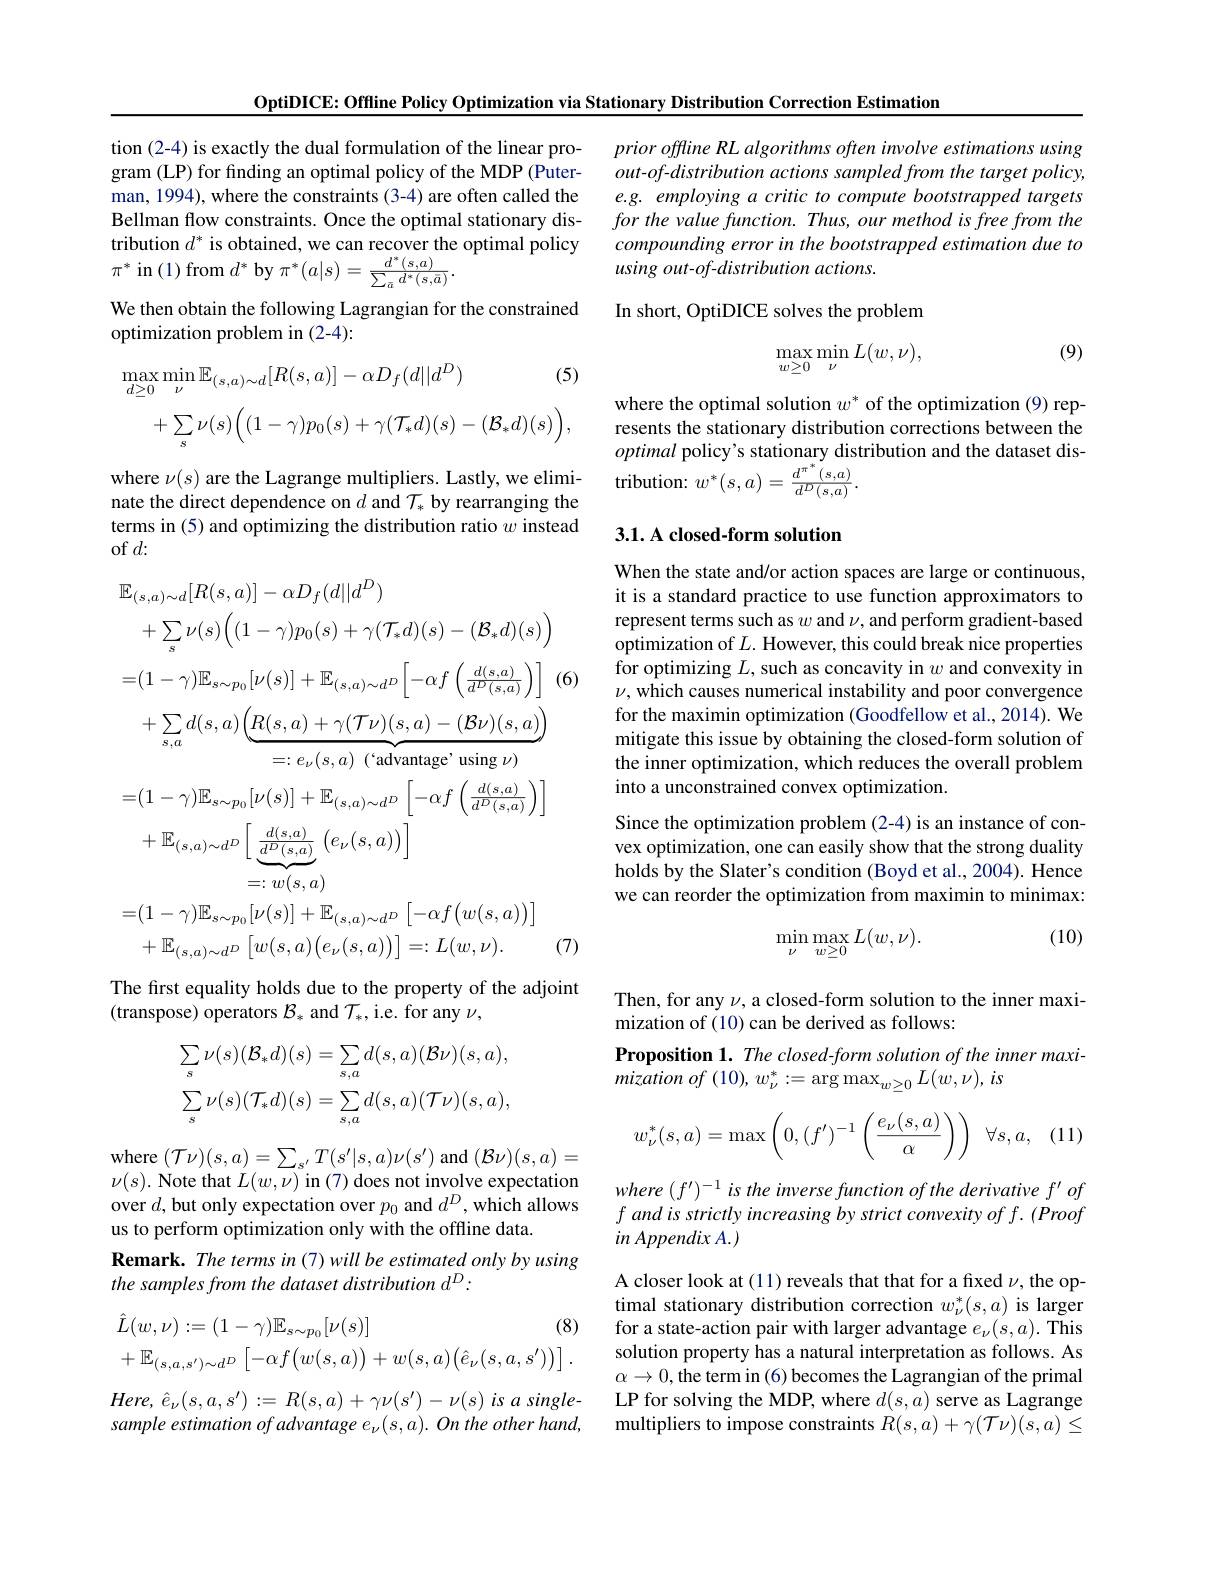
OptiDICE: Offline Policy Optimization via Stationary Distribution Correction Estimation

tion (2-4) is exactly the dual formulation of the linear program (LP) for finding an optimal policy of the MDP (Puterman, 1994), where the constraints (3-4) are often called the Bellman flow constraints. Once the optimal stationary distribution $d^*$ is obtained, we can recover the optimal policy $\pi^{*}$ in (1) from $d^*$ by $\pi^*(a|s)=\frac{d^*(s,a)}{\sum_{\bar{a}}d^*(s,\bar{a})}.$
We then obtain the following Lagrangian for the constrained
optimization problem in (2-4):
$$\operatorname*{max}_{d\geq0}\operatorname*{min}_{\nu}\mathbb{E}_{(s,a)\sim d}[R(s,a)]-\alpha D_{f}(d||d^{D})\text{(5)}\\+\sum_{s}\nu(s)\Big((1-\gamma)p_{0}(s)+\gamma(\mathcal{T}_{*}d)(s)-(\mathcal{B}_{*}d)(s)\Big),$$
where $\nu(s)$ are the Lagrange multipliers. Lastly, we eliminate the direct dependence on $d$ and $\mathcal{T}_*$ by rearranging the terms in (5) and optimizing the distribution ratio $w$ instead of $d:$
$$\begin{aligned}&\mathbb{E}_{(s,a)\sim d}[R(s,a)]-\alpha D_{f}(d||d^{D})\\&+\sum_{s}\nu(s)\Big((1-\gamma)p_{0}(s)+\gamma(\mathcal{T}_{*}d)(s)-(\mathcal{B}_{*}d)(s)\Big)\\&=(1-\gamma)\mathbb{E}_{s\sim p_{0}}[\nu(s)]+\mathbb{E}_{(s,a)\sim d^{D}}\Big[-\alpha f\left(\frac{d(s,a)}{d^{D}(s,a)}\right)\Big]\\&+\sum_{s,a}d(s,a)\Big(\underbrace{R(s,a)+\gamma(\mathcal{T}\nu)(s,a)-(\mathcal{B}\nu)(s,a)}_{=:e_{\nu}(s,a)\text{(“advantige' using }\nu)}\\&=(1-\gamma)\mathbb{E}_{s\sim p_{0}}[\nu(s)]+\mathbb{E}_{(s,a)\sim d^{D}}\left[-\alpha f\left(\frac{d(s,a)}{d^{D}(s,a)}\right)\right]\\&+\mathbb{E}_{(s,a)\sim d^{D}}\Big[\underbrace{\frac{d(s,a)}{d^{D}(s,a)}}\Big(e_{\nu}(s,a)\Big)\Big]\\&=(1-\gamma)\mathbb{E}_{s\sim p_{0}}[\nu(s)]+\mathbb{E}_{(s,a)\sim d^{D}}\Big[-\alpha f\big(w(s,a)\big)\Big]\\&+\mathbb{E}_{(s,a)\sim d^{D}}\left[w(s,a)\left(e_{\nu}(s,a)\right)\right]=:L(w,\nu).\end{aligned}$$
The first equality holds due to the property of the adjoint
(transpose) operators $\mathcal{B}_*$ and $\mathcal{T}_*$, i.e. for any $\nu$,
$$\begin{aligned}\sum_s\nu(s)(\mathcal{B}_*d)(s)&=\sum_{s,a}d(s,a)(\mathcal{B}\nu)(s,a),\\\sum_s\nu(s)(\mathcal{T}_*d)(s)&=\sum_{s,a}d(s,a)(\mathcal{T}\nu)(s,a),\end{aligned}$$
where $(\mathcal{T}\nu)(s,a)=\sum_{s^{\prime}}T(s^{\prime}|s,a)\nu(s^{\prime})$ and $(\mathcal{B}\nu)(s,a)=$ $\nu(s).$ Note that $L(w,\nu)$ in (7) does not involve expectation over $d$,but only expectation over $p_0$ and $d^D$, which allows us to perform optimization only with the offline data.
Remark. The terms in (7) will be estimated only by using
the samples from the dataset distribution d$^D:$
$$\begin{aligned}&\hat{L}(w,\nu):=(1-\gamma)\mathbb{E}_{s\sim p_{0}}[\nu(s)]&\text{(8)}\\&+\mathbb{E}_{(s,a,s^{\prime})\sim d^{D}}\left[-\alpha f\big(w(s,a)\big)+w(s,a)\big(\hat{e}_{\nu}(s,a,s^{\prime})\big)\right].\end{aligned}$$
$Here$, $\hat{e} _{\nu }( s, a, s^{\prime }) : =$ $R( s, a) + \gamma \nu ( s^{\prime }) - \nu ( s)$ $is$ $a$ $single-$ sample estimation of advantage e $e_\nu ( s, a) . \textit{On the other hand, }$

prior offline RL algorithms often involve estimations using out-of-distribution actions sampled from the target policy, e.g. employing a critic to compute bootstrapped targets for the value function. Thus, our method is free from the compounding error in the bootstrapped estimation due to using out-of-distribution actions.

In short, OptiDICE solves the problem

(9)
$$\max_{w\geq0}\min_{\nu}L(w,\nu),$$
where the optimal solution $w^*$ of the optimization (9) represents the stationary distribution corrections between the optimal policy's stationary distribution and the dataset distribution: $w^*(s,a)=\frac{d^{\pi^*}(s,a)}{d^D(s,a)}.$

### 3.1. A closed-form solution

When the state and/or action spaces are large or continuous, it is a standard practice to use function approximators to represent terms such as $w$ and $\nu$, and perform gradient-based optimization of $L.$ However, this could break nice properties for optimizing $L$, such as concavity in $w$ and convexity in $\nu$, which causes numerical instability and poor convergence for the maximin optimization (Goodfellow et al., 2014). We mitigate this issue by obtaining the closed-form solution of the inner optimization, which reduces the overall problem into a unconstrained convex optimization.

Since the optimization problem (2-4) is an instance of convex optimization, one can easily show that the strong duality holds by the Slater's condition (Boyd et al., 2004). Hence we can reorder the optimization from maximin to minimax:

(10)
$$\min_{\nu}\max_{w\geq0}L(w,\nu).$$
Then, for any $\nu$, a closed-form solution to the inner maxi-
mization of (10) can be derived as follows:

Proposition 1. The closed-form solution of the inner maxi-
mization $of$ $( 10) , w_{\nu }^{* }: = \arg \max _{w\geq 0}L( w, \nu ) $, $is$

, (11)
$$w_\nu^*(s,a)=\max\left(0,(f')^{-1}\left(\frac{e_\nu(s,a)}{\alpha}\right)\right)\:\forall s,a,$$
where $(f^{\prime})^{-1}$ is the inverse function of the derivative $f^\prime \textit{of}$ $f\textit{ and is strictly increasing by strict convexity of f. ( Proof) prict convexity of f. ( Proof) prict prict by strict convexity of f. ( Proof) pris prict prict pris prict pris pris pris pris pris pris pris pris pris pris pris pris pris pris pris pris pris}$ $inAppendixA.)$

A closer look at (11) reveals that that for a fixed $\nu$,the optimal stationary distribution correction $w_\nu^*(s,a)$ is larger for a state-action pair with larger advantage $e_\nu(s,a).$ This solution property has a natural interpretation as follows. As $\alpha\to0$,the term in (6) becomes the Lagrangian of the primal LP for solving the MDP, where $d(s,a)$ serve as Lagrange multipliers to impose constraints $R(s,a)+\gamma(\mathcal{T}\nu)(s,a)\leq$